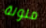
ملونة